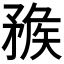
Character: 𥍶